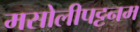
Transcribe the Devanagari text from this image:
मसोलीपट्टनम